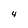
Character: 4